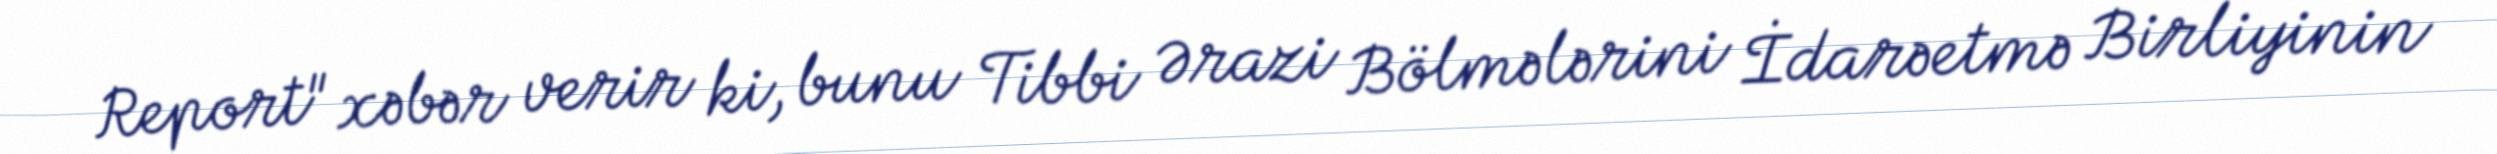
Report" xəbər verir ki, bunu Tibbi Ərazi Bölmələrini İdarəetmə Birliyinin